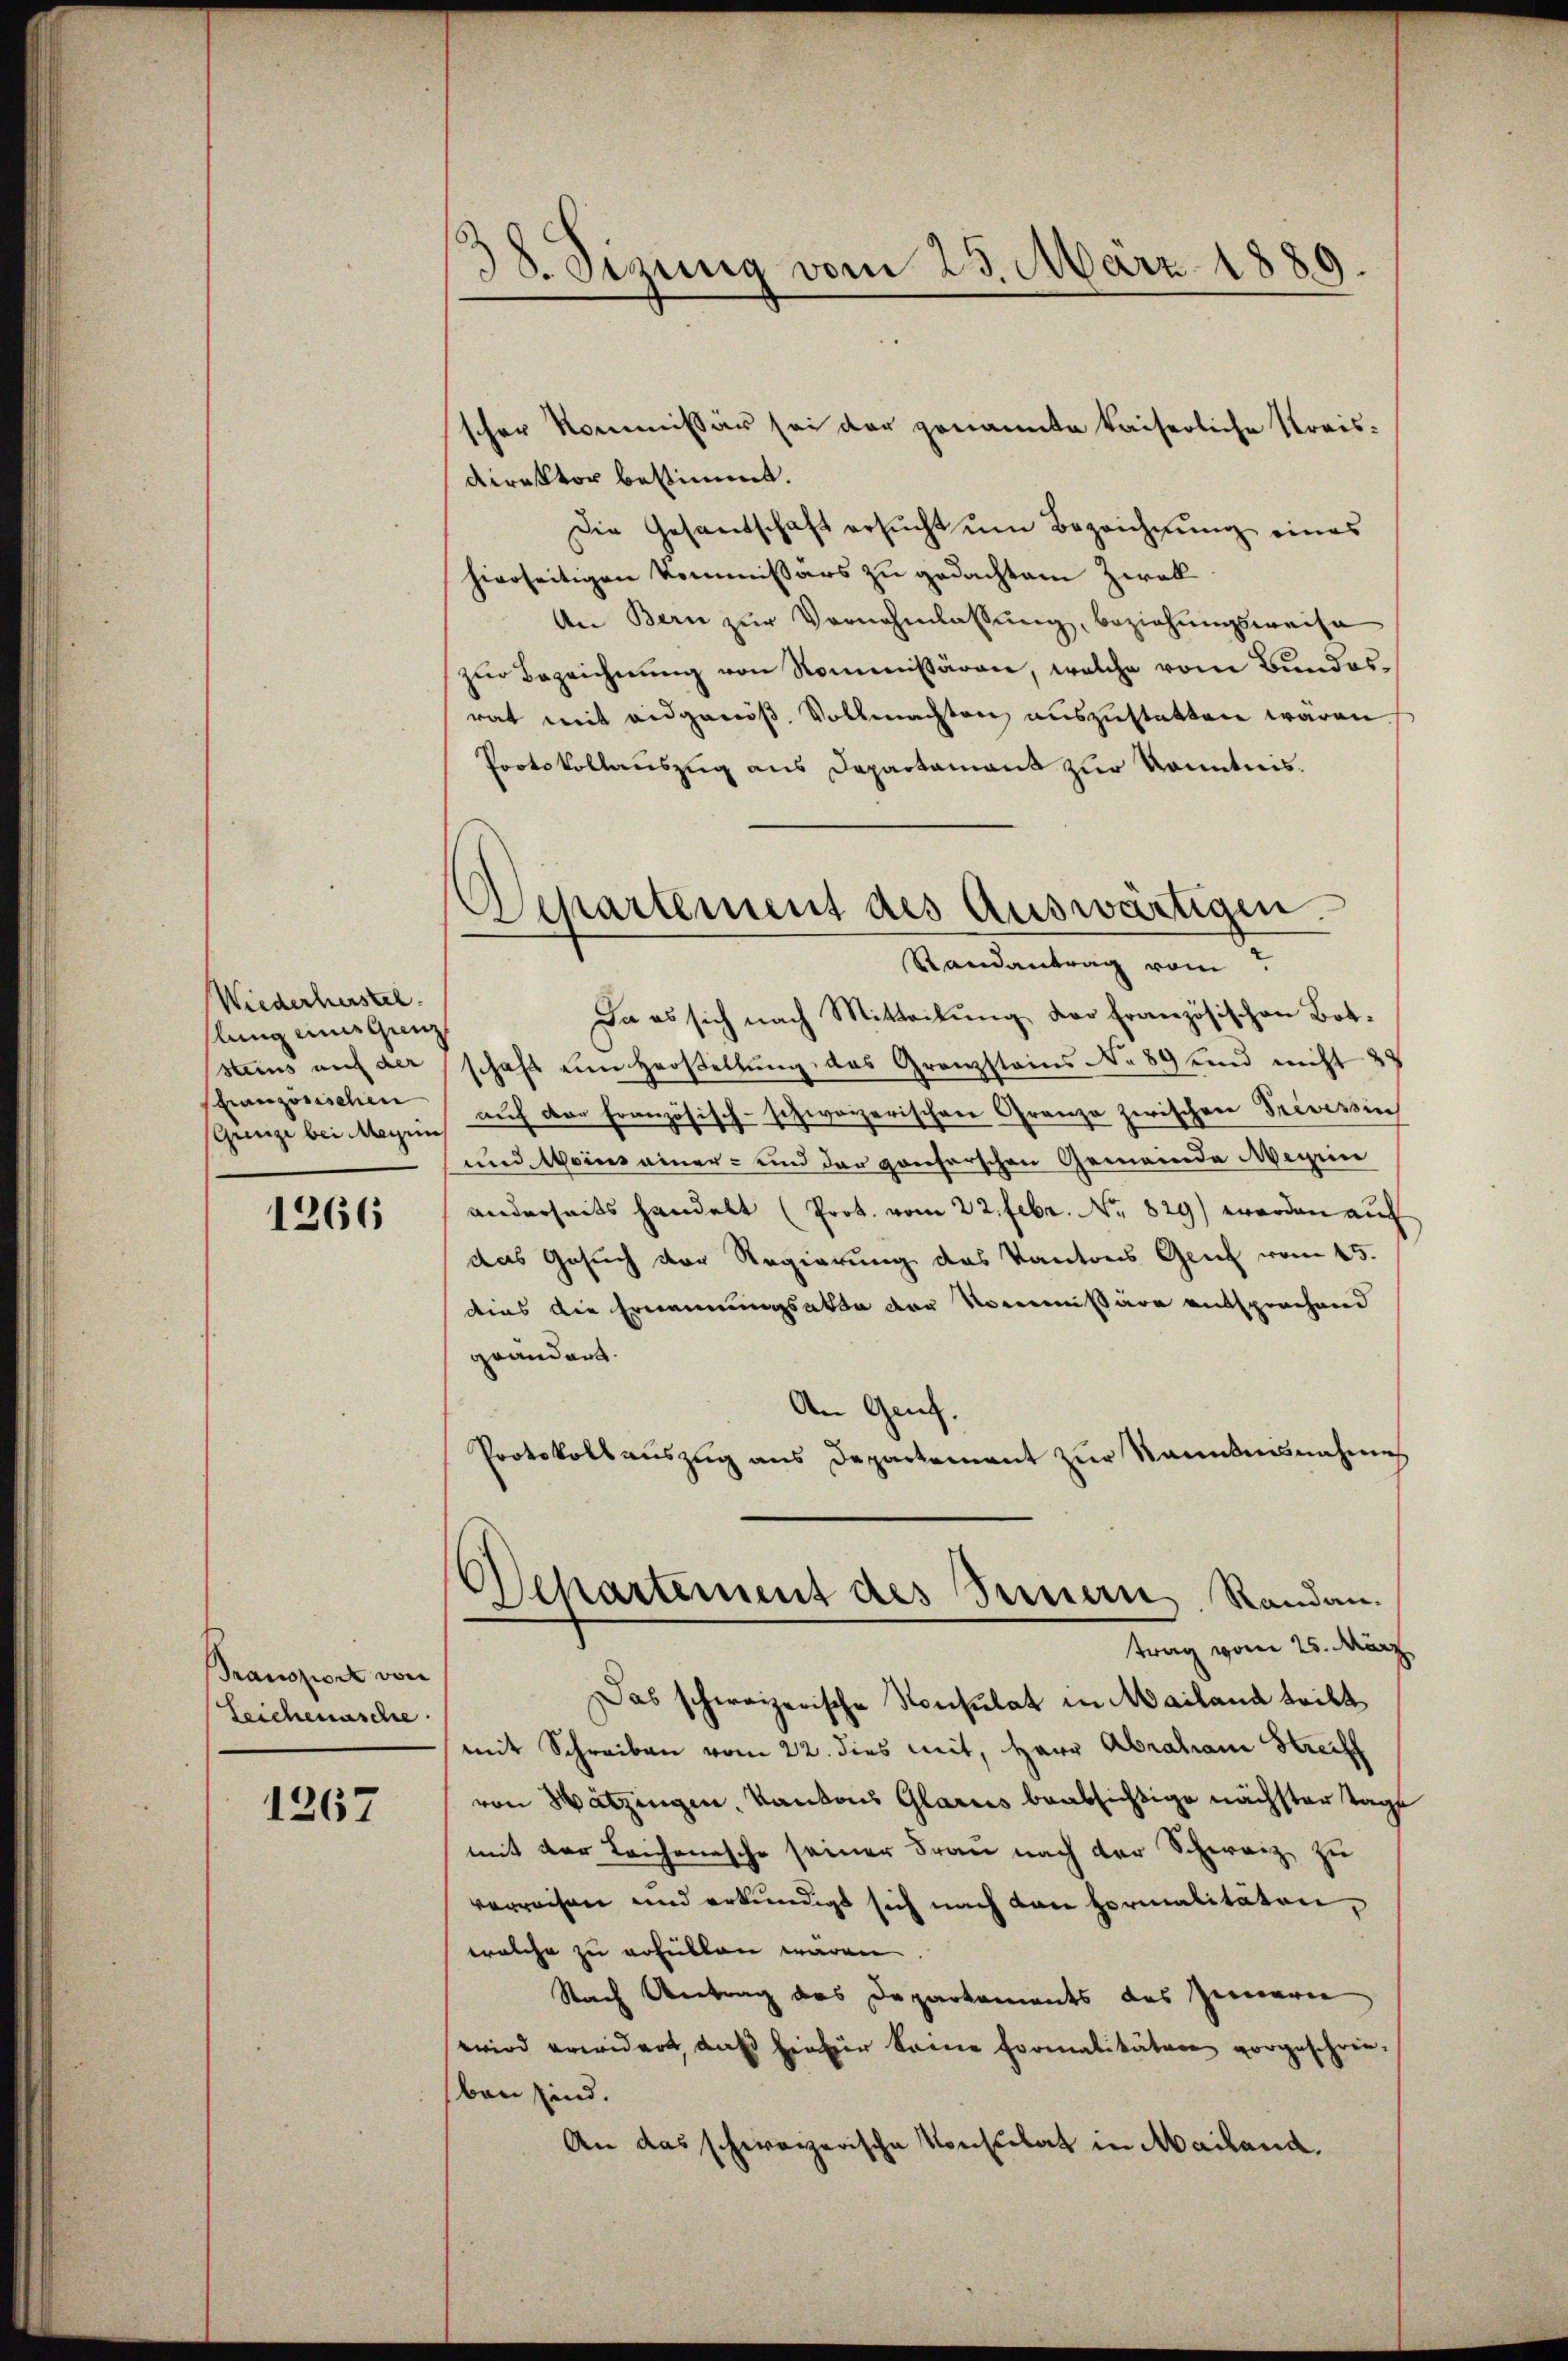
Wiederherstel
slung eines ganz
Steins auf der
französischen
(Ganze bei Megens

1266

Transport von
Leichenasche

1267

38. Sizung vom 25. März 1889.

scher Kommissär sei der genannte kaiserliche Kreis-
direktor bestimmt.
Die Gesandschaft ersucht um Bezeichnung eines
hierseitigen Kommissärs zu gedachtem Zwek¬
An Bern zŭr Vornahmlassŭng, beziehungsweise
zur Bezeichnung von Kommissären, welche vom Bundesrat mit eidgenöß, Vollmachten auszustatten wären
Pootsvollauszug aus Departament zur Kenntnis.
Ja es sich nach Mitteilung der Französischen Botschaft ein Herstellung des Granzstains No 89 und nicht 22
auf der Französisch-schwarzerischen Granze zwischen Prevessin
und Weins einer- und der gonforschen Gemeinde Megen
anderseits handelt (Prot. vom 22. Febr. No. 829) worden auch
das Gesuch der Regierung das Kantons Genf vom 15.
dies die Ernennungsakte der Nommißäre entsprechend
granders
An Gruf.
Protokollauszug aus Departement zur kanntensnahme
Departement des Innern Randan
trag vom 25. März
Das schweizerische Konsulat in Mailand tritt,
mit Schreiben vom 22. dies mit, Herr Abraham Streif
von Watzingen, Kantons Glarus beabsichtige nächster Tags
mit der Leichenasche seiner Frau nach der Schweiz, zu
verreisen und erkundigt sich nach den Formalitäten,
welche zu erfüllen wären.
Nach Antrag des Departements das Zimere
wird erwidert, daß hiefür keine Formalitätere vorgeschrie-
ben sind.
An das schweizerische Konsulat in Mailand

Separtement des Auswärtigen.
Randantrag vom